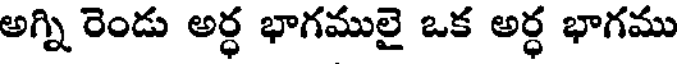
అగ్ని రెండు అర్ధ భాగములై ఒక అర్ధ భాగము